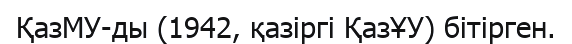
ҚазМУ-ды (1942, қазіргі ҚазҰУ) бітірген.